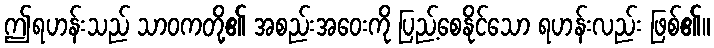
ဤရဟန်းသည် သာဝကတို့၏ အစည်းအဝေးကို ပြည့်စေနိုင်သော ရဟန်းလည်း ဖြစ်၏။